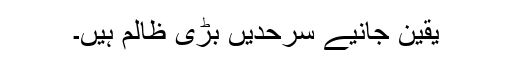
یقین جانیے سرحدیں بڑی ظالم ہیں۔